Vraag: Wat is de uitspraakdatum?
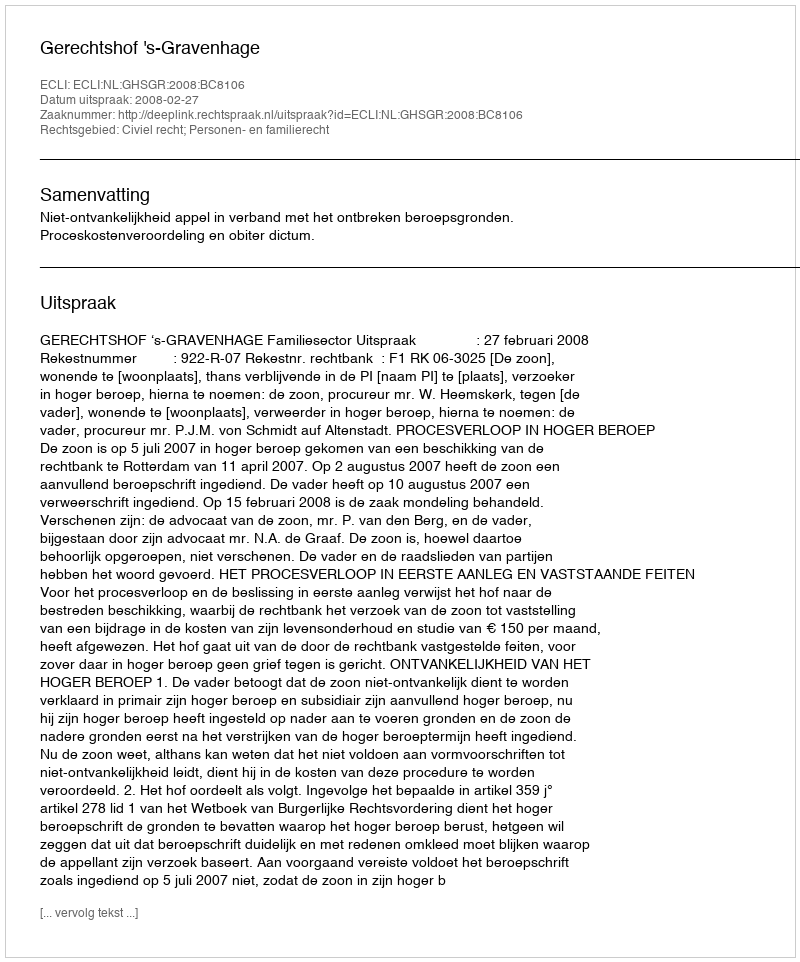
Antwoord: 2008-02-27